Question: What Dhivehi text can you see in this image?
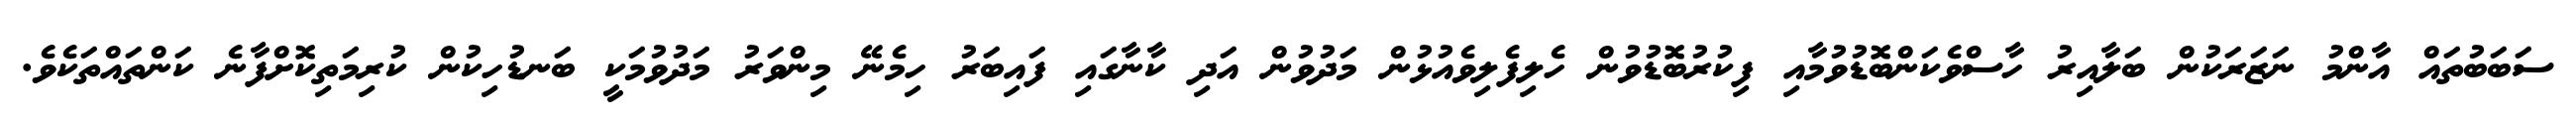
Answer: ސަބަބުތައް އާންމު ނަޒަރަކުން ބަލާއިރު ހާސްވެކަންބޮޑުވުމާއި ފިކުރުބޮޑުވުން ހެލިފެލިވެއުޅުން މަދުވުން އަދި ކާނާގައި ފައިބަރު ހިމެނޭ މިންވަރު މަދުވުމަކީ ބަނޑުހިކުން ކުރިމަތިކޮށްފާނެ ކަންތައްތަކެވެ.